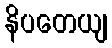
နိပတေယျ